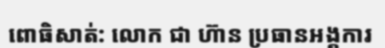
ពោធិសាត់: លោក ជា ហ៊ាន ប្រធានអង្គការ